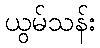
ယွမ်သန်း